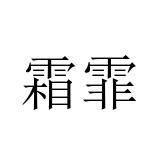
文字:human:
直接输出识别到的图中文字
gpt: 霜霏